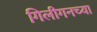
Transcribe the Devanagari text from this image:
गिलीगनच्या